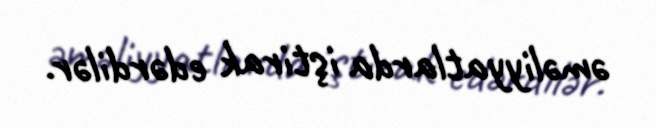
əməliyyatlarda iştirak edərdilər.